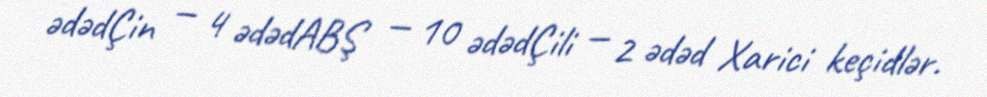
ədədÇin — 4 ədədABŞ — 10 ədədÇili — 2 ədəd Xarici keçidlər.